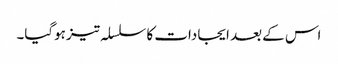
اس کے بعد ایجادات کا سلسلہ تیز ہوگیا۔